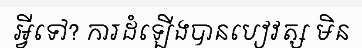
អ្វីទៅ? ការដំឡើងបានបៀវត្ស មិន